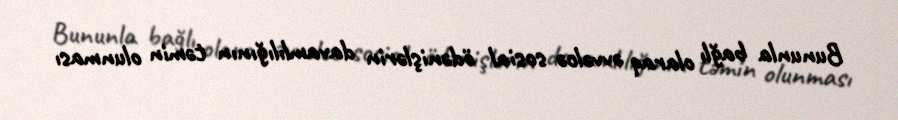
Bununla bağlı olaraq əvvəlcə sosial ödənişlərin davamlılığının təmin olunması